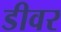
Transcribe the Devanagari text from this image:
डीवर